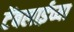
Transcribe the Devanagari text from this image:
टेंबलाईच्या